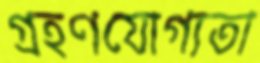
গ্রহণযোগ্যতা